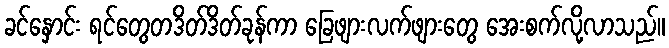
ခင်နှောင်း ရင်တွေတဒိတ်ဒိတ်ခုန်ကာ ခြေဖျားလက်ဖျားတွေ အေးစက်လို့လာသည်။